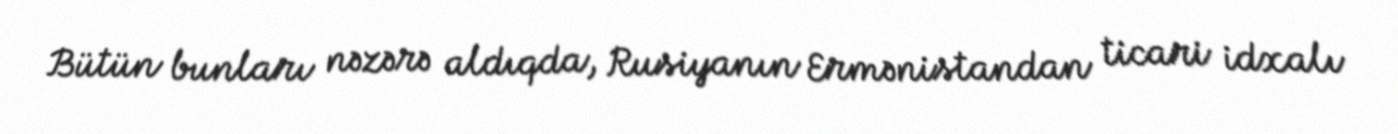
Bütün bunları nəzərə aldıqda, Rusiyanın Ermənistandan ticari idxalı